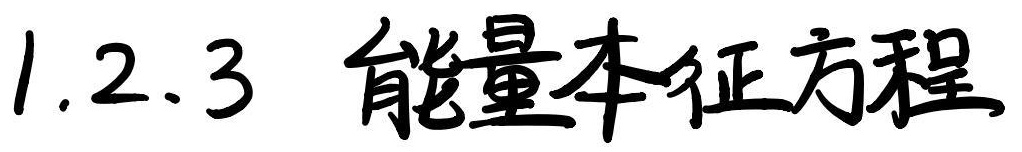
1.2.3 能量本征方程